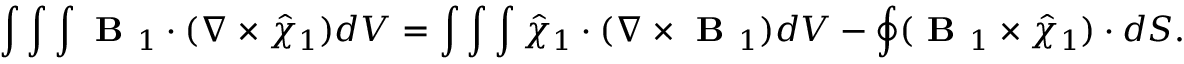
\int \int \int \textbf { B } _ { 1 } \boldsymbol { \cdot } ( \nabla \times \hat { \chi } _ { 1 } ) d V = \int \int \int \hat { \chi } _ { 1 } \boldsymbol { \cdot } ( \nabla \times \textbf { B } _ { 1 } ) d V - \oint ( \textbf { B } _ { 1 } \times \hat { \chi } _ { 1 } ) \boldsymbol { \cdot } d S .